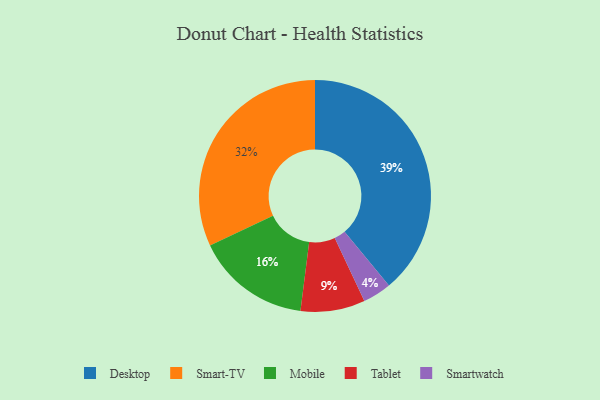
{"axis": {"x": "Category", "y": "Percentage"}, "legend": ["Desktop", "Mobile", "Smart-TV", "Smartwatch", "Tablet"], "data": [{"x": "Tablet", "y": 9, "type": "Tablet"}, {"x": "Mobile", "y": 16, "type": "Mobile"}, {"x": "Smartwatch", "y": 4, "type": "Smartwatch"}, {"x": "Desktop", "y": 39, "type": "Desktop"}, {"x": "Smart-TV", "y": 32, "type": "Smart-TV"}]}